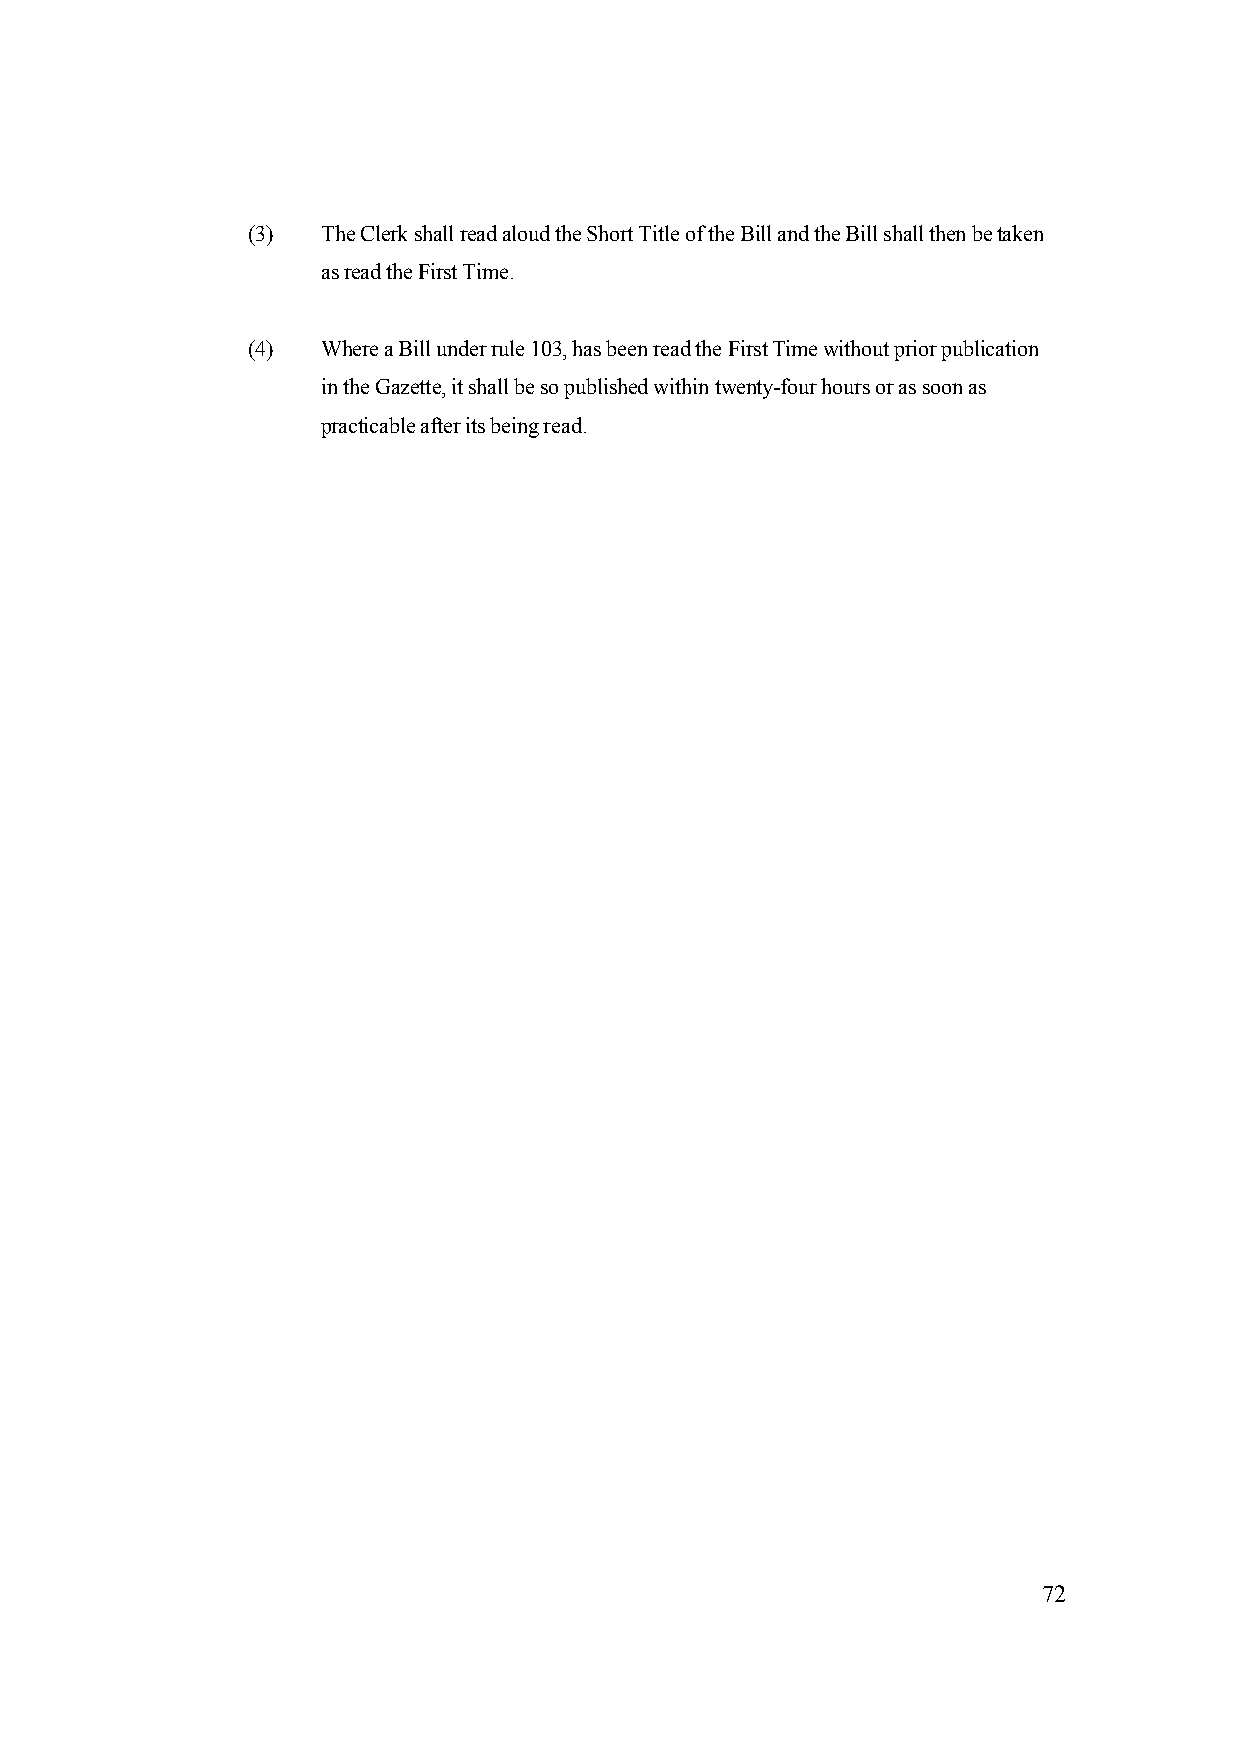
(3)  The Clerk shall read aloud the Short Title of the Bill and the Bill shall then be taken
 as read the First Time.
 (4)  Where a Bill under rule 103, has been read the First Time without prior publication
 in the Gazette, it shall be so published within twenty-four hours or as soon as
 practicable after its being read.
 72